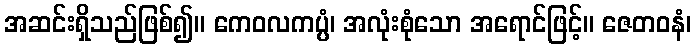
အဆင်းရှိသည်ဖြစ်၍။ ကေဝလကပ္ပံ၊ အလုံးစုံသော အရောင်ဖြင့်။ ဇေတဝနံ၊